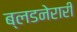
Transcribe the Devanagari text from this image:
ब्लडनेरारी